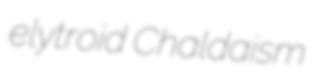
elytroid Chaldaism